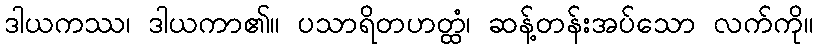
ဒါယကဿ၊ ဒါယကာ၏။ ပသာရိတဟတ္ထံ၊ ဆန့်တန်းအပ်သော လက်ကို။